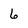
Character: 6